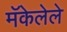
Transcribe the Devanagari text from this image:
मॅकेलेले